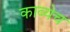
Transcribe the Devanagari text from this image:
काव्येच